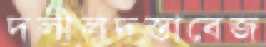
দলীলদস্তাবেজ